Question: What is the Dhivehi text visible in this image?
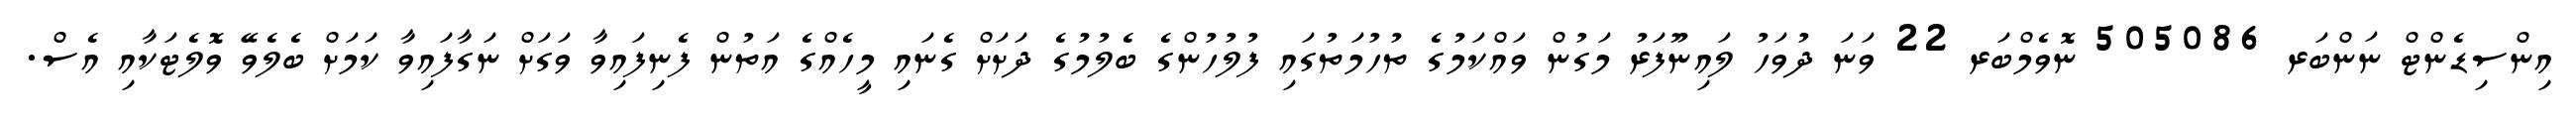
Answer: އިންސިޑެންޓް ނަންބަރ 505086 ނޮވެމްބަރ 22 ވަނަ ދުވަހު ލައިނޫފަރު މަގުން ވައްކަމުގެ ތުހުމަތުގައި ފުލުހުންގެ ބެލުމުގެ ދަށަށް ގެނައި މީހެއްގެ އަތުން ފެނިފައިވާ ވަގަށް ނަގާފައިވާ ކަމަށް ބެލެވޭ ވޮލެޓަކާއި އެސް.